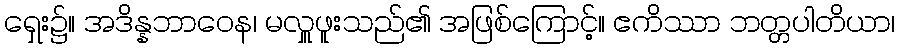
ရှေး၌။ အဒိန္နဘာဝေန၊ မလှူဖူးသည်၏ အဖြစ်ကြောင့်။ ဧကိဿာ ဘတ္တပါတိယာ၊